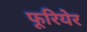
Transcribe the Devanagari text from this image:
फूरियेर